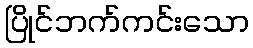
ပြိုင်ဘက်ကင်းသော